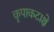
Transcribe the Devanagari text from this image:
कृपाकटाक्षे